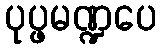
ပုပ္ဖမဏ္ဍပေ